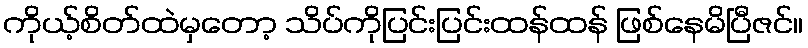
ကိုယ့်စိတ်ထဲမှတော့ သိပ်ကိုပြင်းပြင်းထန်ထန် ဖြစ်နေမိပြီဇင်။